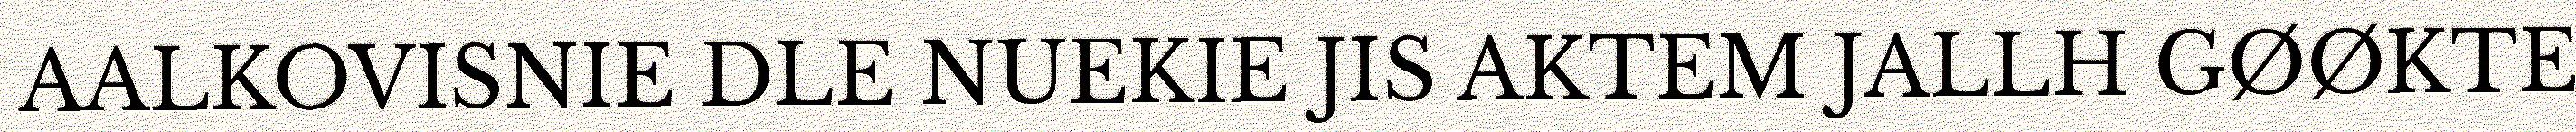
AALKOVISNIE DLE NUEKIE JIS AKTEM JALLH GØØKTE